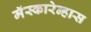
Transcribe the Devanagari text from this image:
मॅस्कारेन्हास